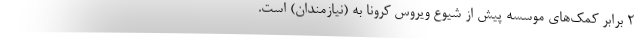
2 برابر کمک‌های موسسه پیش از شیوع ویروس کرونا به (نیازمندان) است.